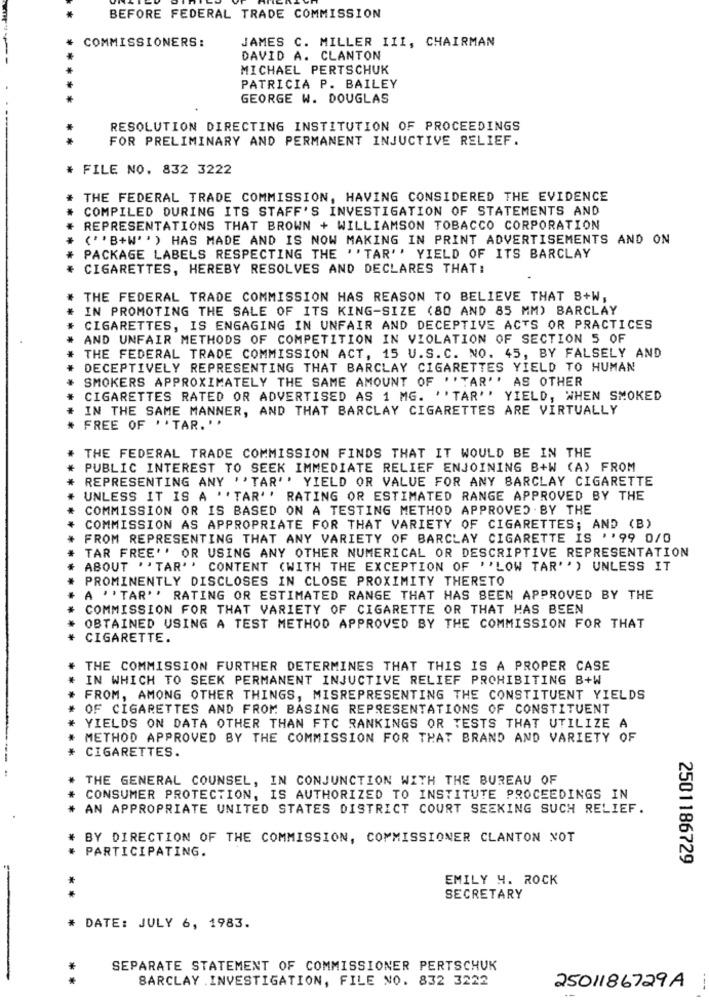
BEFORE FEDERAL TRADE COMMISSION
COMMISSIONERS:
JAMES C. MILLER III, CHAIRMAN
DAVID A. CLANTON
MICHAEL PERTSCHUK
PATRICIA P. BAILEY
GEORGE W. DOUGLAS
RESOLUTION DIRECTING INSTITUTION OF PROCEEDINGS
FOR PRELIMINARY AND PERMANENT INJUCTIVE RELIEF.
* FILE NO. 832 3222
THE FEDERAL TRADE COMMISSION, HAVING CONSIDERED THE EVIDENCE
COMPILED DURING ITS STAFF'S INVESTIGATION OF STATEMENTS AND
REPRESENTATIONS THAT BROWN + WILLIAMSON TOBACCO CORPORATION
(''B+W'') HAS MADE AND IS NOW MAKING IN PRINT ADVERTISEMENTS AND ON
PACKAGE LABELS RESPECTING THE ''TAR'' YIELD OF ITS BARCLAY
CIGARETTES, HEREBY RESOLVES AND DECLARES THAT:
THE FEDERAL TRADE COMMISSION HAS REASON TO BELIEVE THAT B+W,
IN PROMOTING THE SALE OF ITS KING-SIZE (80 AND 85 MM) BARCLAY
CIGARETTES, IS ENGAGING IN UNFAIR AND DECEPTIVE ACTS OR PRACTICES
AND UNFAIR METHODS OF COMPETITION IN VIOLATION OF SECTION 5 OF
THE FEDERAL TRADE COMMISSION ACT, 15 U.S.C. NO. 45, BY FALSELY AND
DECEPTIVELY REPRESENTING THAT BARCLAY CIGARETTES YIELD TO HUMAN
SMOKERS APPROXIMATELY THE SAME AMOUNT OF ''TAR'' AS OTHER
CIGARETTES RATED OR ADVERTISED AS 1 MG. ''TAR'' YIELD, WHEN SMOKED
IN THE SAME MANNER, AND THAT BARCLAY CIGARETTES ARE VIRTUALLY
FREE OF ''TAR. ' '
THE FEDERAL TRADE COMMISSION FINDS THAT IT WOULD BE IN THE
* PUBLIC INTEREST TO SEEK IMMEDIATE RELIEF ENJOINING B+W (A) FROM
REPRESENTING ANY ''TAR'' YIELD OR VALUE FOR ANY BARCLAY CIGARETTE
UNLESS IT IS A ''TAR'' RATING OR ESTIMATED RANGE APPROVED BY THE
COMMISSION OR IS BASED ON A TESTING METHOD APPROVED BY THE
COMMISSION AS APPROPRIATE FOR THAT VARIETY OF CIGARETTES; AND (B)
FROM REPRESENTING THAT ANY VARIETY OF BARCLAY CIGARETTE IS ''99 0/0
TAR FREE'' OR USING ANY OTHER NUMERICAL OR DESCRIPTIVE REPRESENTATION
ABOUT "TAR'' CONTENT (WITH THE EXCEPTION OF ''LOW TAR'') UNLESS IT
PROMINENTLY DISCLOSES IN CLOSE PROXIMITY THERETO
A ''TAR'' RATING OR ESTIMATED RANGE THAT HAS BEEN APPROVED BY THE
COMMISSION FOR THAT VARIETY OF CIGARETTE OR THAT HAS BEEN
OBTAINED USING A TEST METHOD APPROVED BY THE COMMISSION FOR THAT
CIGARETTE.
THE COMMISSION FURTHER DETERMINES THAT THIS IS A PROPER CASE
IN WHICH TO SEEK PERMANENT INJUCTIVE RELIEF PROHIBITING B+W
FROM, AMONG OTHER THINGS, MISREPRESENTING THE CONSTITUENT YIELDS
OF CIGARETTES AND FROM BASING REPRESENTATIONS OF CONSTITUENT
YIELDS ON DATA OTHER THAN FTC RANKINGS OR TESTS THAT UTILIZE A
* METHOD APPROVED BY THE COMMISSION FOR THAT BRAND AND VARIETY OF
* CIGARETTES.
* THE GENERAL COUNSEL, IN CONJUNCTION WITH THE BUREAU OF
CONSUMER PROTECTION, IS AUTHORIZED TO INSTITUTE PROCEEDINGS IN
* AN APPROPRIATE UNITED STATES DISTRICT COURT SEEKING SUCH RELIEF.
# BY DIRECTION OF THE COMMISSION, COMMISSIONER CLANTON NOT
# PARTICIPATING.
2501186729
EMILY 4. ROCK
**
SECRETARY
* DATE: JULY 6, 1983.
SEPARATE STATEMENT OF COMMISSIONER PERTSCHUK
**
BARCLAY . INVESTIGATION, FILE NO. 832 3222
2501186729A